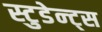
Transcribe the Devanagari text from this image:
स्टुडेन्ट्स